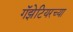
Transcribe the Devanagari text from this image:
गॅझेटियरच्या